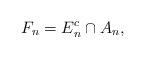
LaTeX: \begin{align*}F_n = E_{n}^c \cap A_n,\end{align*}